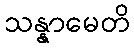
သန္နာမေတိ